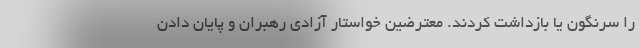
را سرنگون یا بازداشت کردند. معترضین خواستار آزادی رهبران و پایان دادن